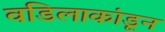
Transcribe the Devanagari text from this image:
वडिलाकांडून